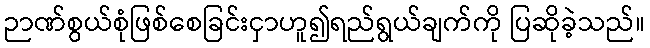
ဉာဏ်စွယ်စုံဖြစ်စေခြင်းငှာဟူ၍ရည်ရွယ်ချက်ကို ပြဆိုခဲ့သည်။